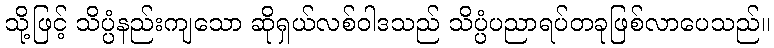
သို့ဖြင့် သိပ္ပံနည်းကျသော ဆိုရှယ်လစ်ဝါဒသည် သိပ္ပံပညာရပ်တခုဖြစ်လာပေသည်။